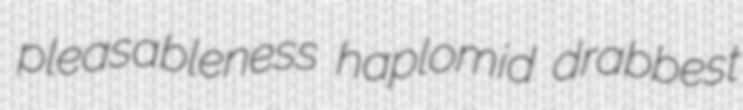
pleasableness haplomid drabbest